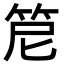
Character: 𥬩